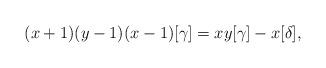
LaTeX: \begin{align*}(x+1)(y-1)(x-1)[\gamma]=xy[\gamma]-x[\delta],\end{align*}